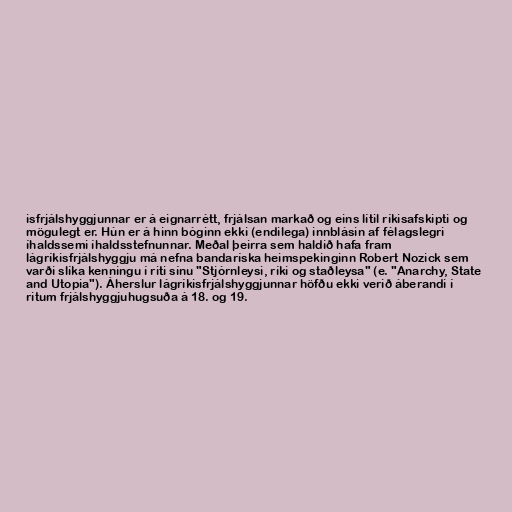
isfrjálshyggjunnar er á eignarrétt, frjálsan markað og eins lítil ríkisafskipti og
mögulegt er. Hún er á hinn bóginn ekki (endilega) innblásin af félagslegri
íhaldssemi íhaldsstefnunnar. Meðal þeirra sem haldið hafa fram
lágríkisfrjálshyggju má nefna bandaríska heimspekinginn Robert Nozick sem
varði slíka kenningu í riti sínu "Stjórnleysi, ríki og staðleysa" (e. "Anarchy, State
and Utopia"). Áherslur lágríkisfrjálshyggjunnar höfðu ekki verið áberandi í
ritum frjálshyggjuhugsuða á 18. og 19.